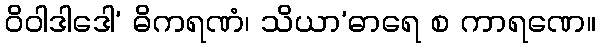
ဝိဝါဒါဒေါ’ ဓိကရဏံ၊ သိယာ’ဓာရေ စ ကာရဏေ။